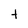
Character: t